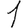
Digit: 1